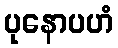
ပုနောပဟံ